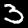
Digit: 3